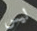
ليس